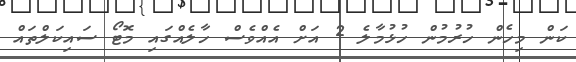
ކަން މިހެން ހުރުމުން ހުޅުމާލެ 2 އަށް އެއްވެސް ހާލެއްގައި މޮޓޯ ސައިކަލްތައް